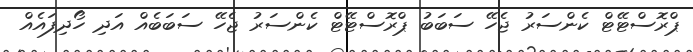
ޕްރޮސްޓޭޓް ކެންސަރު ޖެހޭ ސަބަބު ޕްރޮސްޓޭޓް ކެންސަރު ޖެހޭ ސަބަބެއް އަދި ހޯދިފައެއް